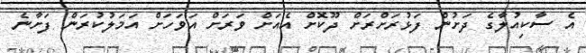
އެ ސާކިއުލާގެ ދަށުން ފަޅުރަށްރަށް ދޫކޮށް އެއަށް ވަރަށް އަވަހަށް އަމަލުކުރަން ފަށާނެ